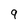
Character: 9